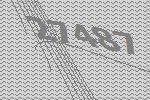
27487